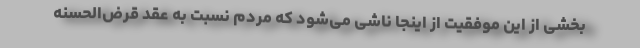
بخشی از این موفقیت از اینجا ناشی می‌شود که مردم نسبت به عقد قرض‌الحسنه